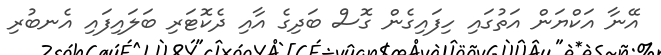
އޭނާ އަކްޔަން އަތުގައި ހިފައިގެން ގޮސް ބަދިގެ އާއި ދެކޮޓަރި ބަލައިފައި އެނބުރި